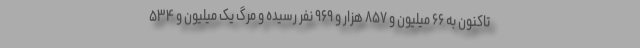
تاکنون به ۶۶ میلیون و ۸۵۷ هزار و ۹۶۹ نفر رسیده و مرگ یک میلیون و ۵۳۴